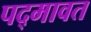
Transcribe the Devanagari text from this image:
पद्‍मावत